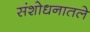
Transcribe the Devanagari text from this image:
संशोधनातले